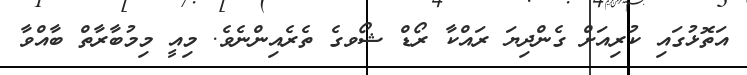
އަތޮޅުގައި ކުރިއަށް ގެންދިޔަ ރައްކާ ރޯޑް ޝޯވގެ ތެރެއިންނެވެ. މިއީ މިމުބާރާތް ބާއްވާ